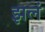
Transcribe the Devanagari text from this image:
झलं